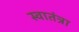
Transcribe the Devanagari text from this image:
स्वातंत्रा